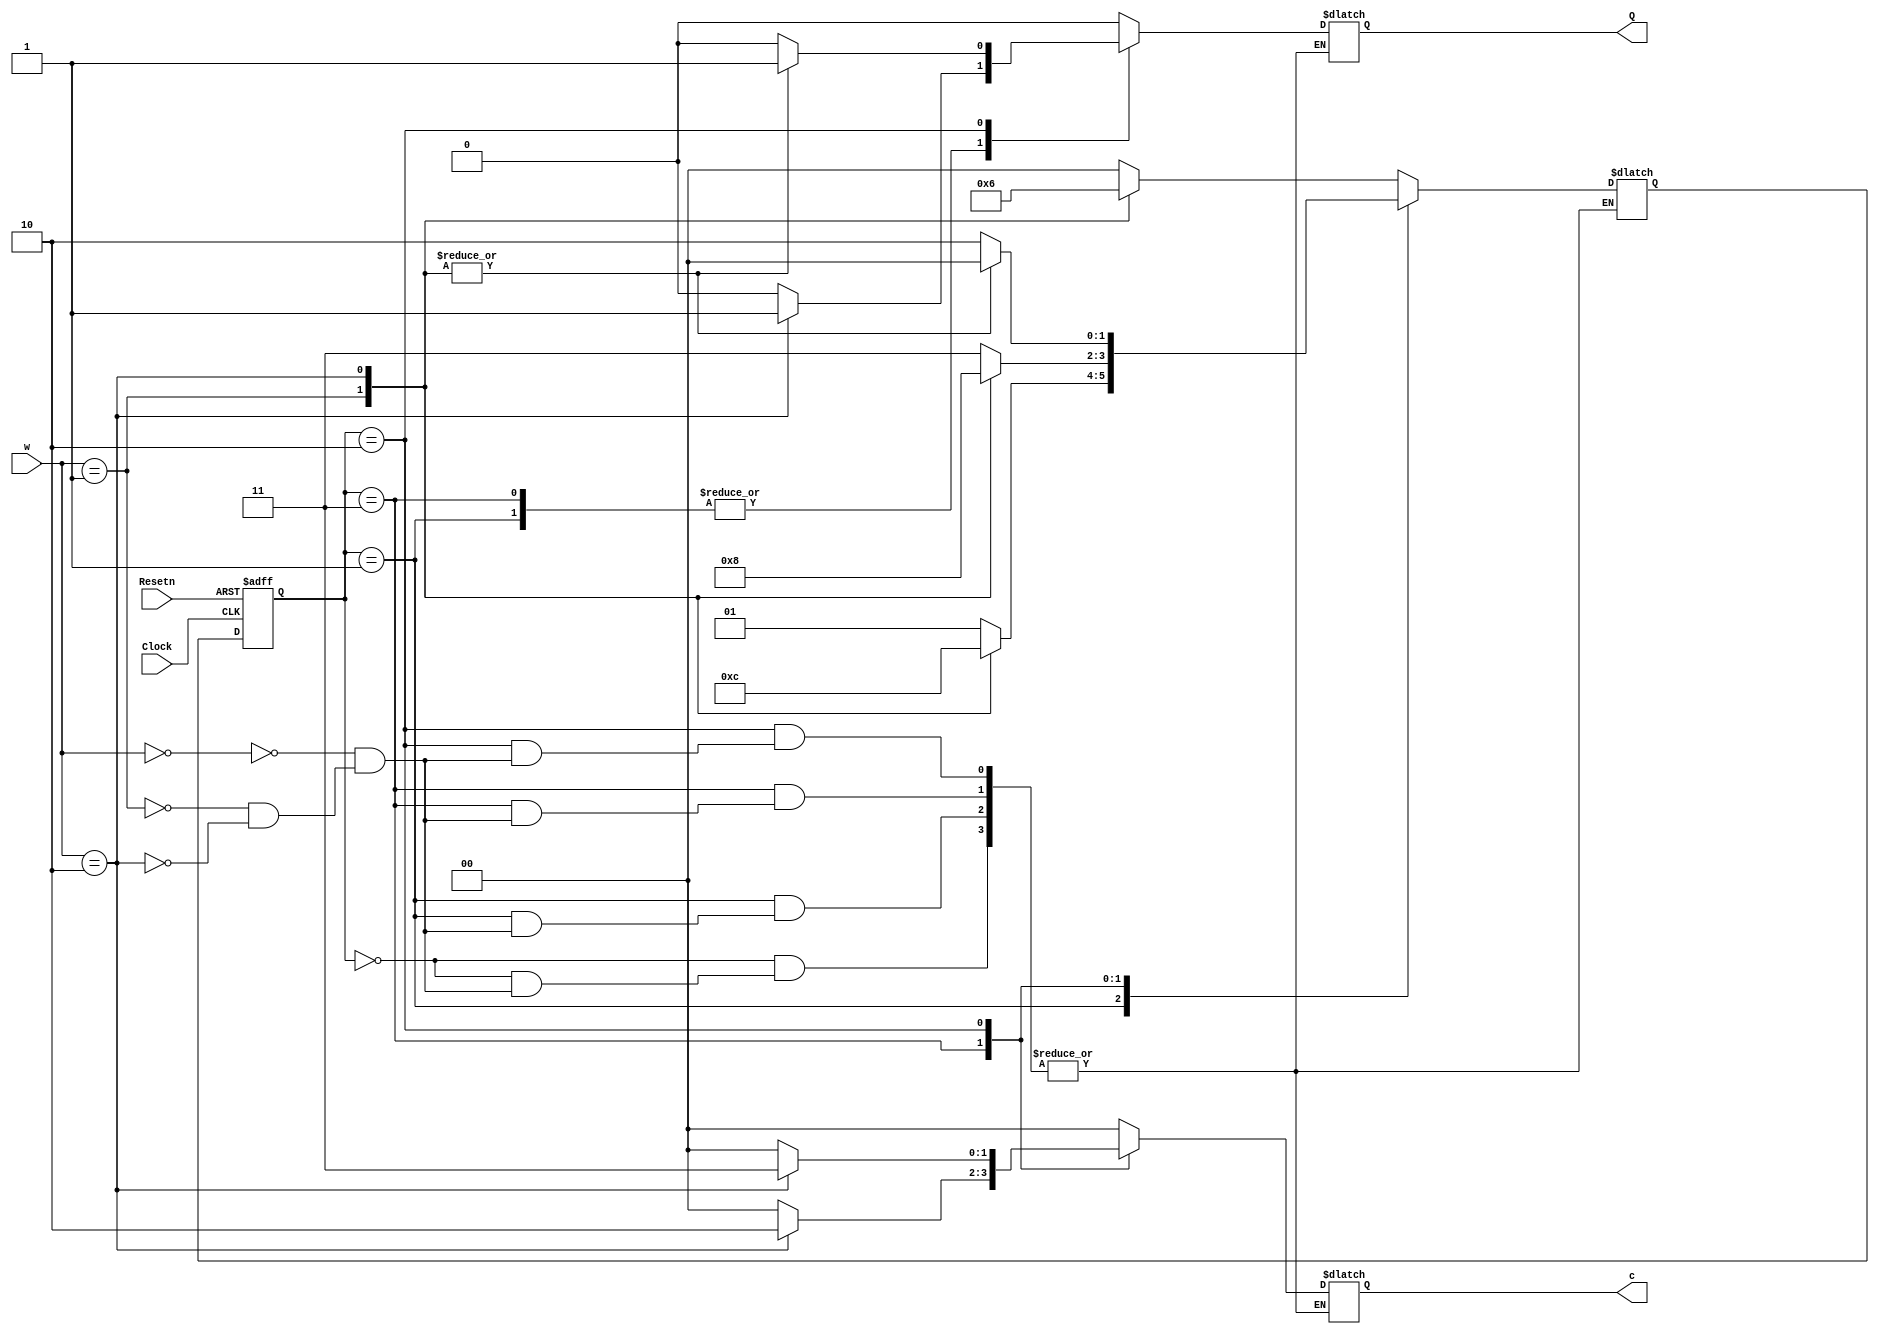
module problem2_19101196(Clock, Resetn, w, Q, c);
	input Clock, Resetn;
	input [2:1] w;
	output reg Q;
	output reg [2:1] c;
	reg [2:1] y, Y;
	parameter [2:1] A = 2'b00, B = 2'b01, C = 2'b11, D = 2'b10;
	parameter [2:1] Tk0 = 2'b00, Tk1 = 2'b01, Tk3 = 2'b10;
	
	always @(w, y)
		case (y)
			A:	case (w)
					Tk0:begin
						Q = 0;
						c = 00;
						Y = A;
						end
					Tk1:begin
						Q = 0;
						c = 00;
						Y = B;
						end
					Tk3:begin
						Q = 0;
						c = 00;
						Y = D;
						end
				endcase
			B:	case (w)
					Tk0:begin
						Q = 0;
						c = 00;
						Y = B;
						end
					Tk1:begin
						Q = 0;
						c = 00;
						Y = C;
						end
					Tk3:begin
						Q = 1;
						c = 00;
						Y = A;
						end
				endcase
			C:	case (w)
					Tk0:begin
						Q = 0;
						c = 00;
						Y = C;
						end
					Tk1:begin
						Q = 0;
						c = 00;
						Y = D;
						end
					Tk3:begin
						Q = 1;
						c = 10;
						Y = A;
						end
				endcase
			D:	case (w)
					Tk0:begin
						Q = 0;
						c = 00;
						Y = D;
						end
					Tk1:begin
						Q = 1;
						c = 00;
						Y = A;
						end
					Tk3:begin
						Q = 1;
						c = 11;
						Y = A;
						end
				endcase
		endcase
	
	always @(negedge Resetn, posedge Clock)
		if (Resetn == 0) y <= A;
		else y <= Y;
	
endmodule